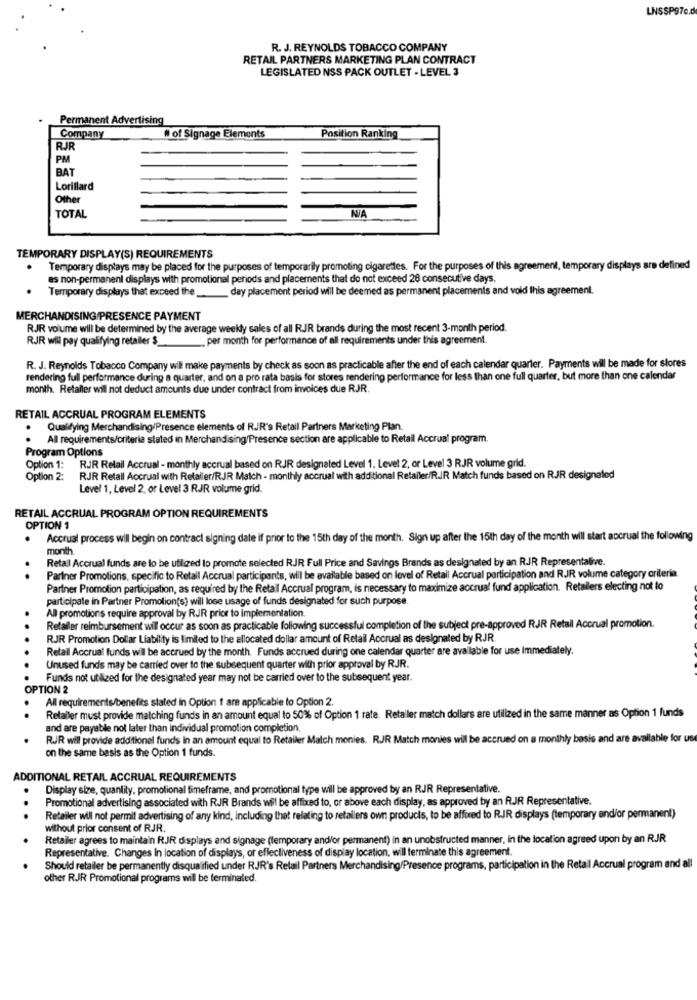
LNSSP97c.d
R. J. REYNOLDS TOBACCO COMPANY
RETAIL PARTNERS MARKETING PLAN CONTRACT
LEGISLATED NSS PACK OUTLET - LEVEL 3
Permanent Advertising
Company
# of Signage Elements
Position Ranking
RJR
PM
BAT
Lorillard
Other
TOTAL
TEMPORARY DISPLAY(S) REQUIREMENTS
Temporary displays may be placed for the purposes of temporarily promoting cigarettes. For the purposes of this agreement, temporary displays are defined
as non-permanent displays with promotional periods and placements that do not exceed 28 consecutive days.
day placement period will be deemed as permanent placements and void this agreement.
Temporary displays that exceed the_
MERCHANDISING/PRESENCE PAYMENT
RJR volume will be determined by the average weekly sales of all RJR brands during the most recent 3-month period.
RJR will pay qualifying retailer $_
.per month for performance of all requirements under this agreement.
R. J. Reynolds Tobacco Company will make payments by check as soon as practicable after the end of each calendar quarter. Payments will be made for stores
rendering full performance during a quarter, and on a pro rata basis for stores rendering performance for less than one full quarter, but more than one calendar
month. Retailer wil not deduct amounts due under contract from invoices due RJR.
RETAIL ACCRUAL PROGRAM ELEMENTS
.
Qualdying Merchandising/Presence elements of RJR's Retail Partners Marketing Plan.
· All requirements/criteria stated in Merchandising/Presence section are applicable to Retail Accrual program.
Program Options
Option 1:
RJR Relail Accrual - monthly accrual based on RJR designated Level 1. Level 2, or Level 3 RJR volume grid.
Option 2:
RJR Retall Accrual with Retaller/RJR Match - monthly accrual with additional Retailer/R.JR Match funds based on RJR designated
Level 1, Level 2, or Level 3 RJR volume grid.
RETAIL ACCRUAL PROGRAM OPTION REQUIREMENTS
OPTION 1
.
Accrual process will begin on contract signing date if prior to the 15th day of the month. Sign up after the 15th day of the month will start accrual the following
month.
Retall Accrual funds are lo be utilized lo promote selected RJR Full Price and Savings Brands as designated by an RJR Representalive.
..
Partner Promotions, specific to Retail Accrual participants, will be available based on level of Retail Accrual participation and RJR volume category criteria.
Partner Promotion participation, as required by the Retail Accrual program, is necessary to maximize accrual fund application. Retailers electing not to
participate in Partner Promolion(s) will lose usage of funds designated for such purpose.
All promotions require approval by RJR prior to implementation.
Refaller reimbursement wil occur as soon as practicable following successful completion of the subject pre-approved RJR Retail Accrual promotion.
RJR Promotion Dollar Liability is limited to the allocated dollar amount of Retail Accrual as designated by RJR.
Retail Accrual funds wil be accrued by the month. Funds accrued during one calendar quarter are available for use Immediately.
Unused funds may be carried over to the subsequent quarter with prior approval by RJR.
Funds not utilized for the designated year may not be carried over to the subsequent year.
OPTION 2
All requirements/benefits stated in Option 1 are applicable to Option 2.
.
Retabler must provide matching funds in an amount equal to 50% of Option 1 rate. Retailer match dollars are utilized in the same manner as Option 1 funds
and are payable not later than individual promotion completion.
RJR will provide additional funds in an amount equal to Retailer Match monies. RJR Match monies will be accrued on a monthly basis and are available for us
on the same basis as the Option 1 funds.
ADDITIONAL RETAIL ACCRUAL REQUIREMENTS
Display size, quantity, promotional timeframe, and promotional type will be approved by an RJR Representative.
Promotional advertising associated with RJR Brands will be affixed to, or above each display, as approved by an RJR Representative.
...
Retailer will not permit advertising of any kind, including that relating to retailers own products, to be afford to RJR displays (temporary and/or permanent)
without prior consent of RJR.
Retailer agrees to maintain RJR displays and signage (temporary and/or permanent) in an unobstructed manner, in the location agreed upon by an RJR
Representative. Changes In location of displays, or effectiveness of display location, will terminate this agreement.
Should retailer be permanently disqualified under RJR's Relail Partners Merchandising/Presence programs, participation in the Retail Accrual program and all
other RJR Promotional programs will be terminated.